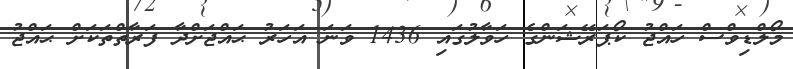
މޯލްޑިވްސް ހައްޖު ކޯޕަރޭޝަންގެ ހަވާލުގައި 1436 ވަނަ އަހަރު ޙައްޖަށްދާ ފަރާތްތަކަށް ޙައްޖު